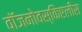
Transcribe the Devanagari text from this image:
वॉजनोवस्किएलीस